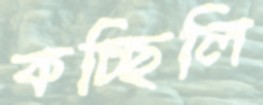
কচ্ছিলি